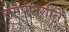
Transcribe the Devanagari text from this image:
समर्पणगीते